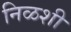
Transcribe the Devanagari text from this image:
निळशी